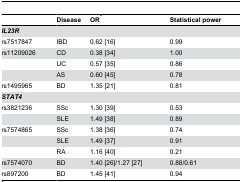
<table><thead><tr><td></td><td><b>Disease</b></td><td><b>OR<sup><i>*</i></sup></b></td><td><b>Statistical power</b></td></tr></thead><tbody><tr><td><b><i>IL23R</i></b></td><td></td><td></td><td></td></tr><tr><td>rs7517847</td><td>IBD</td><td>0.62 [16]</td><td>0.99</td></tr><tr><td>rs11209026</td><td>CD</td><td>0.38 [34]</td><td>1.00</td></tr><tr><td></td><td>UC</td><td>0.57 [35]</td><td>0.86</td></tr><tr><td></td><td>AS</td><td>0.60 [45]</td><td>0.78</td></tr><tr><td>rs1495965</td><td>BD</td><td>1.35 [21]</td><td>0.81</td></tr><tr><td><b><i>STAT4</i></b></td><td></td><td></td><td></td></tr><tr><td>rs3821236</td><td>SSc</td><td>1.30 [39]</td><td>0.53</td></tr><tr><td></td><td>SLE</td><td>1.49 [38]</td><td>0.89</td></tr><tr><td>rs7574865</td><td>SSc</td><td>1.38 [36]</td><td>0.74</td></tr><tr><td></td><td>SLE</td><td>1.49 [37]</td><td>0.91</td></tr><tr><td></td><td>RA</td><td>1.16 [40]</td><td>0.21</td></tr><tr><td>rs7574070</td><td>BD</td><td>1.40 [26]/1.27 [27]</td><td>0.88/0.61</td></tr><tr><td>rs897200</td><td>BD</td><td>1.45 [41]</td><td>0.94</td></tr></tbody></table>